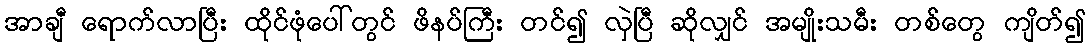
အာချီ ရောက်လာပြီး ထိုင်ဖုံပေါ်တွင် ဖိနပ်ကြီး တင်၍ လှဲပြီ ဆိုလျှင် အမျိုးသမီး တစ်တွေ ကျိတ်၍